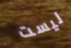
ليست